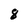
Character: 8